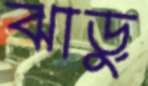
ঝাড়ু